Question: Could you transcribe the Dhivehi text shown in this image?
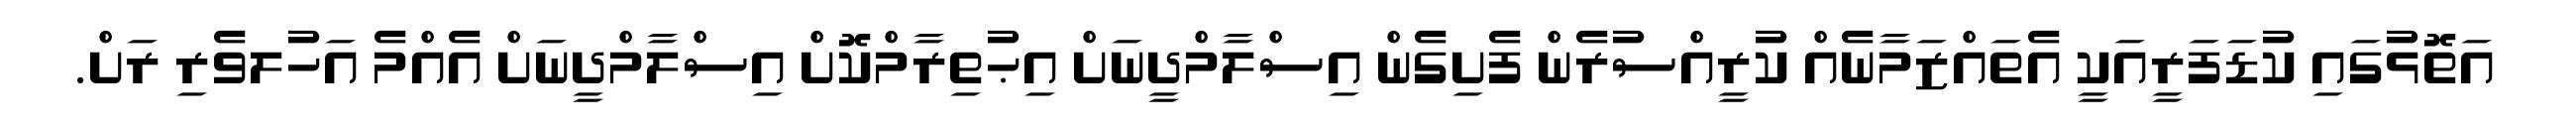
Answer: އަތޮޅުގައި ކުޑަފަރީއަކީ އެތައްޒަމާނެއް ކުރީއްސުރެން ފެށިގެން އިސްލާމްދީނަށް އިޙުތިރާމްކޮށް އިސްލާމްދީނަށް އެއްމެ އަހުލވެރި ރަށް.